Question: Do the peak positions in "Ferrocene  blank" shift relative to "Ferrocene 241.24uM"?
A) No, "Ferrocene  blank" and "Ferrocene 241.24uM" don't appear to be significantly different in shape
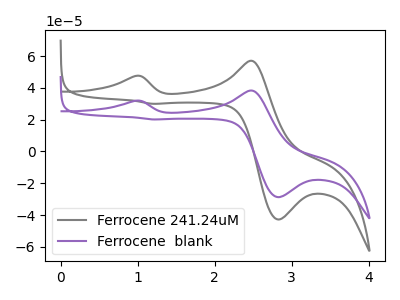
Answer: <think>The gray curve "Ferrocene 241.24uM" has anodic peaks at (0.95V, 47.50uA) (2.45V, 57.00uA) and cathodic peaks at (2.85V, -42.80uA) (1.20V, 30.00uA). The purple curve "Ferrocene  blank" has anodic peaks at (0.95V, 31.90uA) (2.45V, 38.30uA) and cathodic peaks at (2.85V, -28.75uA) (1.20V, 20.15uA).
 All the peaks in "Ferrocene  blank" have a peak in "Ferrocene 241.24uM" at the same potential.</think>
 <answer>A) No, "Ferrocene  blank" and "Ferrocene 241.24uM" don't appear to be significantly different in shape</answer>
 <eval>A</eval>